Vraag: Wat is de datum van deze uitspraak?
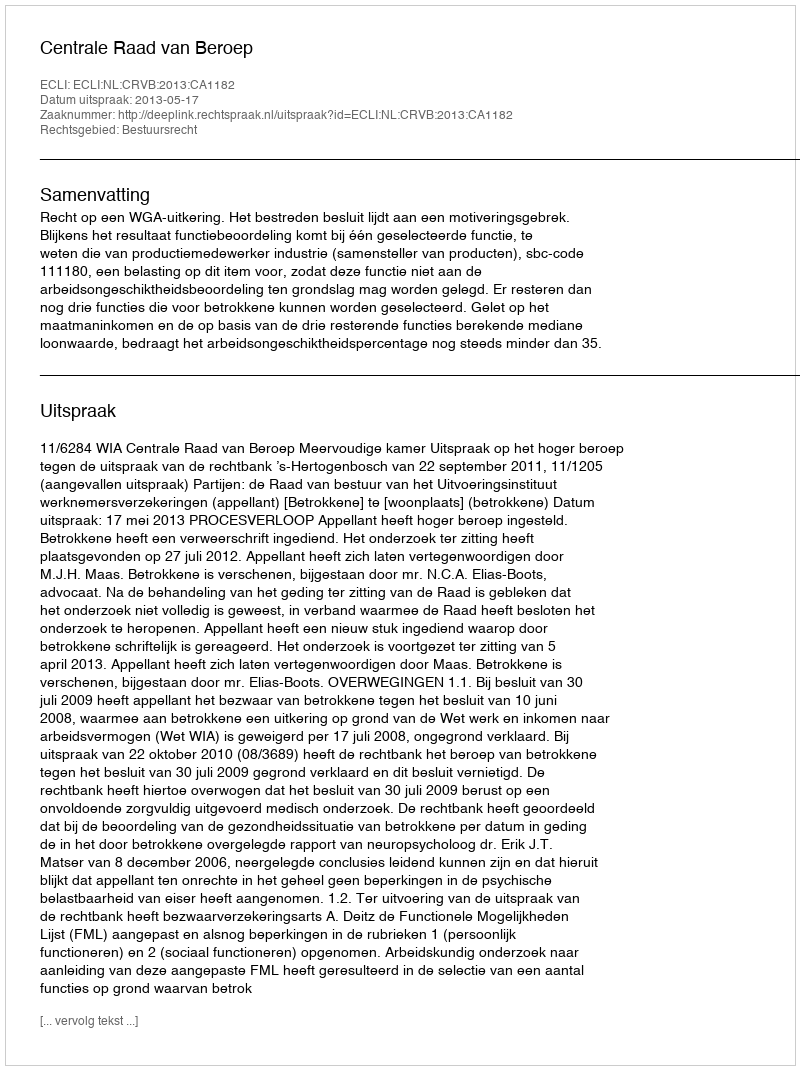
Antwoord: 2013-05-17